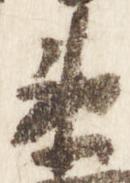
衛